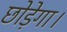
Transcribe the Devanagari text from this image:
छोड़ेगा।